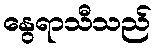
နွေရာသီသည်